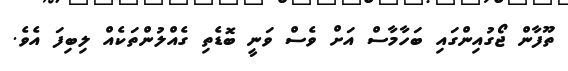
ތޫފާން ޖޯގުއިންގައި ބަހާމާސް އަށް ވެސް ވަނީ ބޮޑެތި ގެއްލުންތަކެއް ލިބިފަ އެވެ.